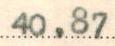
40,87